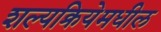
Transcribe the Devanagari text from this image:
शल्यक्रियेमधील